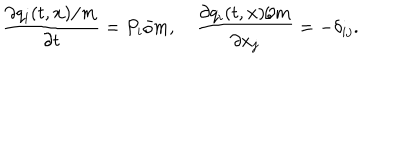
\frac { \partial { q _ { i } ( t , { \bf x } ) / m } } { \partial { t } } = P _ { i } / m , \quad \frac { \partial { q _ { i } ( t , { \bf x } ) / m } } { \partial { x _ { j } } } = - { \delta } _ { i j } .